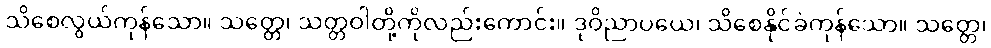
သိစေလွယ်ကုန်သော။ သတ္တေ၊ သတ္တဝါတို့ကိုလည်းကောင်း။ ဒုဝိညာပယေ၊ သိစေနိုင်ခဲကုန်သော။ သတ္တေ၊